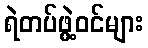
ရဲတပ်ဖွဲ့ဝင်များ